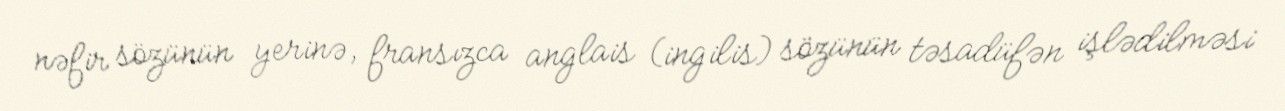
nəfir sözünün yerinə, fransızca anglais (ingilis) sözünün təsadüfən işlədilməsi